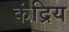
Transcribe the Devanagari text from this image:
कंद्रिय